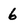
Character: 6